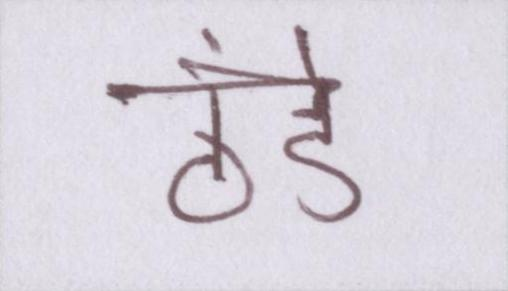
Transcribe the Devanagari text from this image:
ठंडे